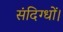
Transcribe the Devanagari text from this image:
संदिग्धों।